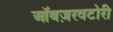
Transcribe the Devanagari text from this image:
ऑबज़रवटोरी